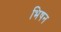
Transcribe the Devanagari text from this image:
भिषन